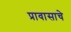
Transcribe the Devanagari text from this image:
प्रावासाचे